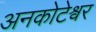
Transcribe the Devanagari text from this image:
अनकोटेश्वर